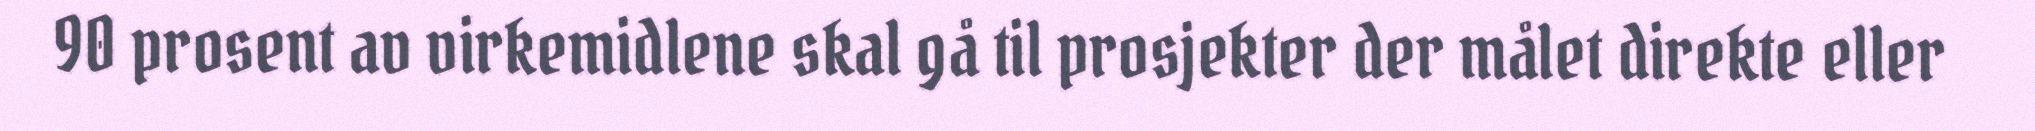
90 prosent av virkemidlene skal gå til prosjekter der målet direkte eller